Report of the Municipal Commissioner on the plague in Bombay for the year ending 31st May... - Volume 3
Disease focus: Plague
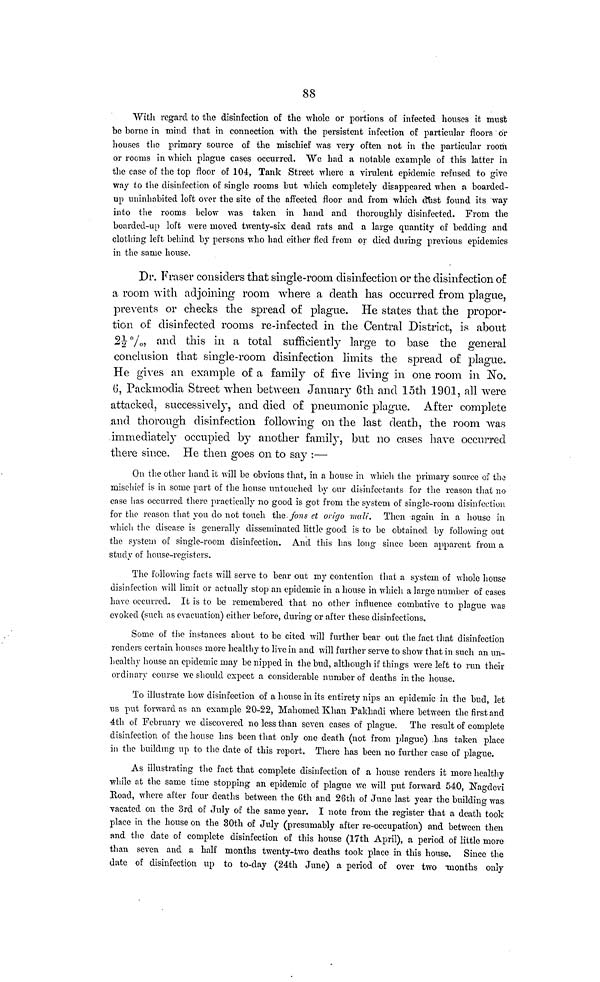
88
With regard to the disinfection of the whole or portions of infected houses it must
be borne in mind that in connection with the persistent infection of particular floors or
houses the primary source of the mischief vas very often not in the particular room
or rooms in which plague cases occurred. We had a notable example of this latter in
the case of the top floor of 104, Tank Street where a virulent epidemic refused to give
way to the disinfection of single rooms but which completely disappeared when a boarded-
up uninhabited loft over the site of the affected floor and from which dust found its way
into the rooms below was taken in hand and thoroughly disinfected. From the
boarded-up loft were moved twenty-six dead rats and a large quantity of bedding and
clothing left behind by persons who had either fled from or died during previous epidemics
in the same house.
Dr. Fraser considers that single-room disinfection or the disinfection of
a room with adjoining room where a death has occurred from plague,
prevents or checks the spread of plague. He states that the propor-
tion of disinfected rooms re-infected in the Central District, is about
21/2 %, and this in a total sufficiently large to base the general
conclusion that single-room disinfection limits the spread of plague.
He gives an example of a family of five living in one room in No.
6, Packmodia Street when between January 6th and loth 1901, all were
attacked, successively, and died of pneumonic plague. After complete
and thorough disinfection following on the last death, the room was
immediately occupied by another family, but no cases have occurred
there since. He then goes on to say :—
On the other hand it will be obvious that, in a house in which the primary source of the
mischief is in some part of the house untouched by our disinfectants for the reason that no
case has occurred there practically no good is got from the system of single-room disinfection
for the reason that you do not touch the fons et origo mali. Then again in a house in
which the disease is generally disseminated little good is to be obtained by following out
the system of single-room disinfection. And this has long since been apparent from a
study of house-registers.
The following facts will serve to bear out my contention that a system of whole house
disinfection will limit or actually stop an epidemic in a house in which a large number of cases
have occurred. It is to be remembered that no other influence combative to plague was
evoked (such as evacuation) either before, during or after these disinfections.
Some of the instances about to be cited will further bear out the fact that disinfection
renders certain houses more healthy to live in and will further serve to show that in such an un-
healthy house an epidemic may be nipped in the bud, although if things were left to run their
ordinary course we should expect a considerable number of deaths in the house.
To illustrate how disinfection of a house in its entirety nips an epidemic in the bud, let
us put forward as an example 20-22, Mahomed Khan Pakhadi where between the first and
4th of February we discovered no less than seven cases of plague. The result of complete
disinfection of the house has been that only one death (not from plague) has taken place
in the building up to the date of this report. There has been no further case of plague.
As illustrating the fact that complete disinfection of a house renders it more healthy
while at the same time stopping an epidemic of plague we will put forward 540, Nagdevi
Road, where after four deaths between the 6th and 26th of June last year the building was
vacated on the 3rd of July of the same year. I note from the register that a death took
place in the house on the 30th of July (presumably after re-occupation) and between then
and the date of complete disinfection of this house (17th April), a period of little more
than seven and a half months twenty-two deaths took place in this house. Since the
date of disinfection up to to-day (24th June) a period of over two months only